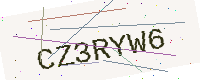
Text: CZ3RYW6